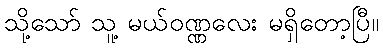
သို့သော် သူ့ မယ်ဝဏ္ဏလေး မရှိတော့ပြီ။